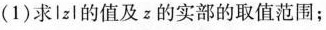
(1)求lz|的值及z的实部的取值范围；